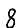
Digit: 8